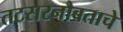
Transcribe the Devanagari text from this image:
तटसरनौबताचे